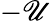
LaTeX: -\mathscr{U}